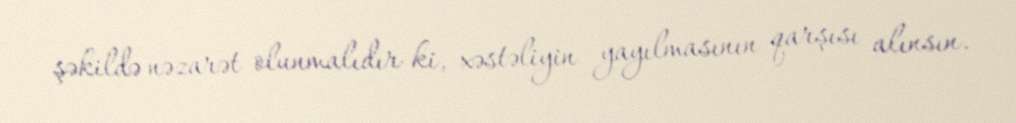
şəkildə nəzarət olunmalıdır ki, xəstəliyin yayılmasının qarşısı alınsın.